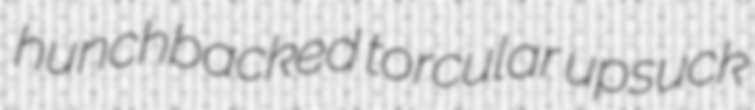
hunchbacked torcular upsuck